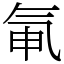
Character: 氠